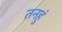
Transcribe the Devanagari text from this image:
तनहुं